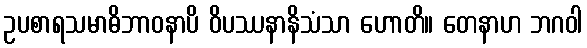
ဥပစာရသမာဓိဘာဝနာပိ ဝိပဿနာနိသံသာ ဟောတိ။ တေနာဟ ဘဂဝါ